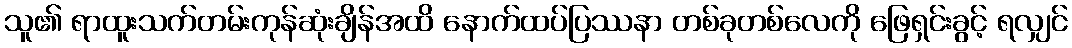
သူ၏ ရာထူးသက်တမ်းကုန်ဆုံးချိန်အထိ နောက်ထပ်ပြဿနာ တစ်ခုတစ်လေကို ဖြေရှင်းခွင့် ရလျှင်